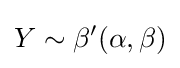
Y\sim \beta '(\alpha ,\beta )